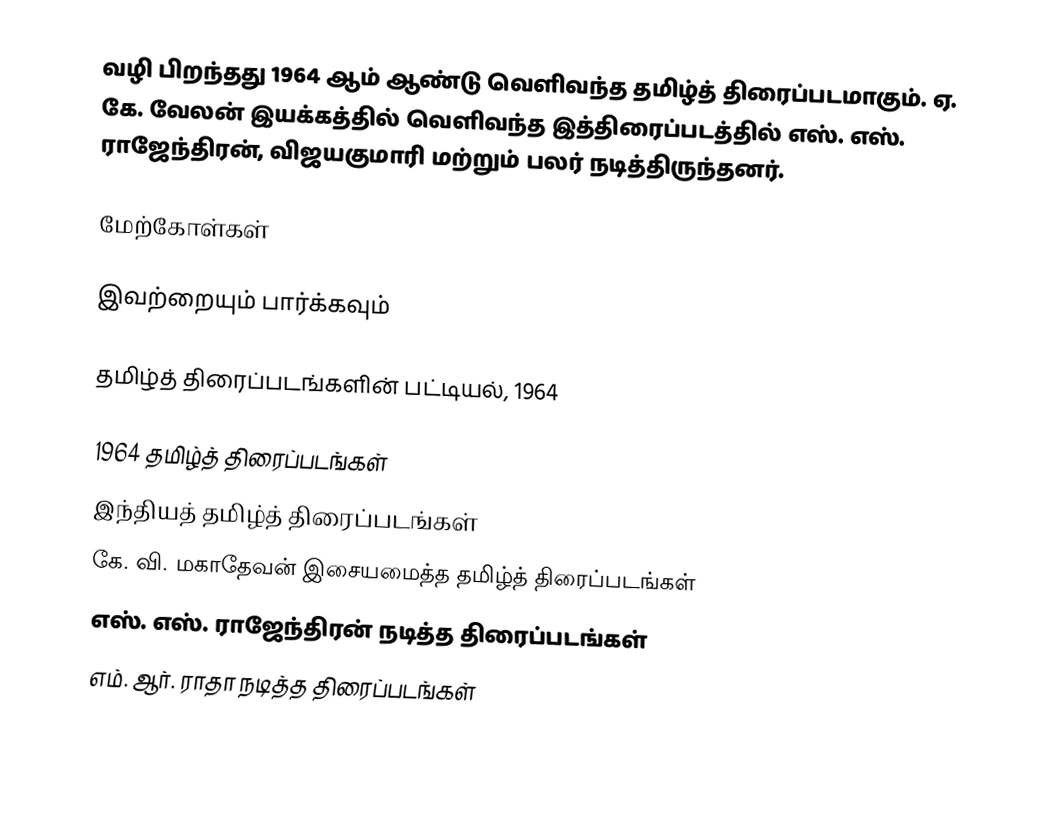
வழி பிறந்தது 1964 ஆம் ஆண்டு வெளிவந்த தமிழ்த் திரைப்படமாகும். ஏ. கே. வேலன் இயக்கத்தில் வெளிவந்த இத்திரைப்படத்தில் எஸ். எஸ். ராஜேந்திரன், விஜயகுமாரி மற்றும் பலர் நடித்திருந்தனர்.

மேற்கோள்கள்

இவற்றையும் பார்க்கவும்

 தமிழ்த் திரைப்படங்களின் பட்டியல், 1964

1964 தமிழ்த் திரைப்படங்கள்
இந்தியத் தமிழ்த் திரைப்படங்கள்
கே. வி. மகாதேவன் இசையமைத்த தமிழ்த் திரைப்படங்கள்
எஸ். எஸ். ராஜேந்திரன் நடித்த திரைப்படங்கள்
எம். ஆர். ராதா நடித்த திரைப்படங்கள்